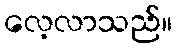
လေ့လာသည်။